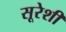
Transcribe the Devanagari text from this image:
सूरेशी